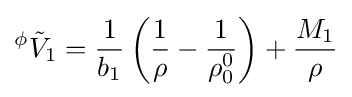
{}^{\phi }{\tilde {V}}_{1}={\frac {1}{b_{1}}}\left({\frac {1}{\rho }}-{\frac {1}{\rho _{0}^{0}}}\right)+{\frac {M_{1}}{\rho }}